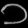
Digit: ၁